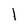
Character: 1